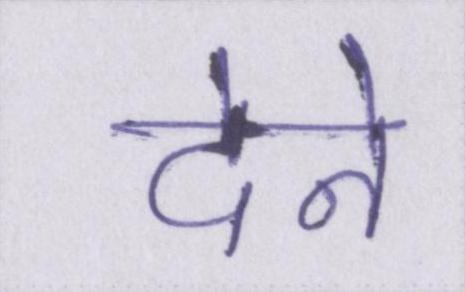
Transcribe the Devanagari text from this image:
देने